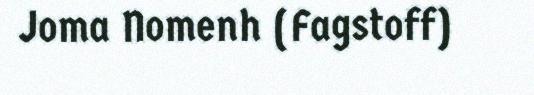
Joma Nomenh (Fagstoff)